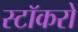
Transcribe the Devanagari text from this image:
स्टॉकरों